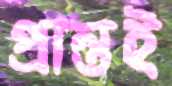
প্রান্তই